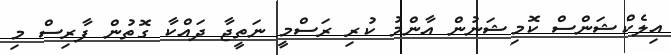
އިލެކްޝަންސް ކޮމިޝަނުން އާންމު ކުރި ރަސްމީ ނަތީޖާ ދައްކާ ގޮތުން ފާރިސް މި